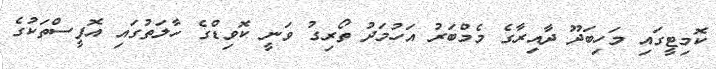
ކޮމިޓީގައި މަހިބަދޫ ދާއިރާގެ މެމްބަރު އަހުމަދު ތޯރިގު ވަނީ ކޮވިޑްގެ ހާލަތުގައި އޮފީސްތަކުގެ